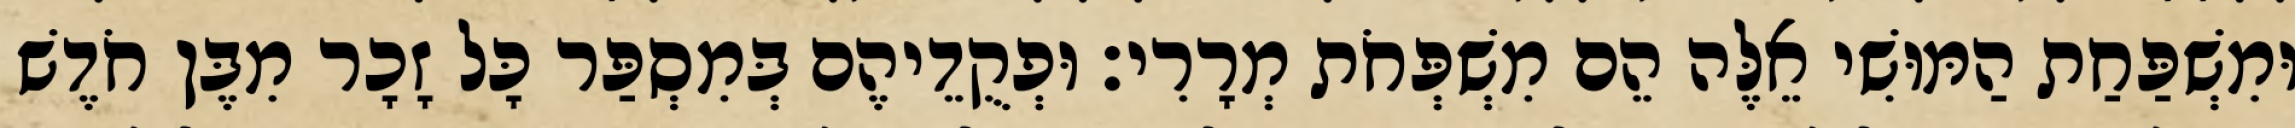
וּמִשְׁפַּחַת הַמּוּשִׁי אֵלֶּה הֵם מִשְׁפְּחֹת מְרָרִי׃ וּפְקֻדֵיהֶם בְּמִסְפַּר כָּל זָכָר מִבֶּן חֹדֶשׁ